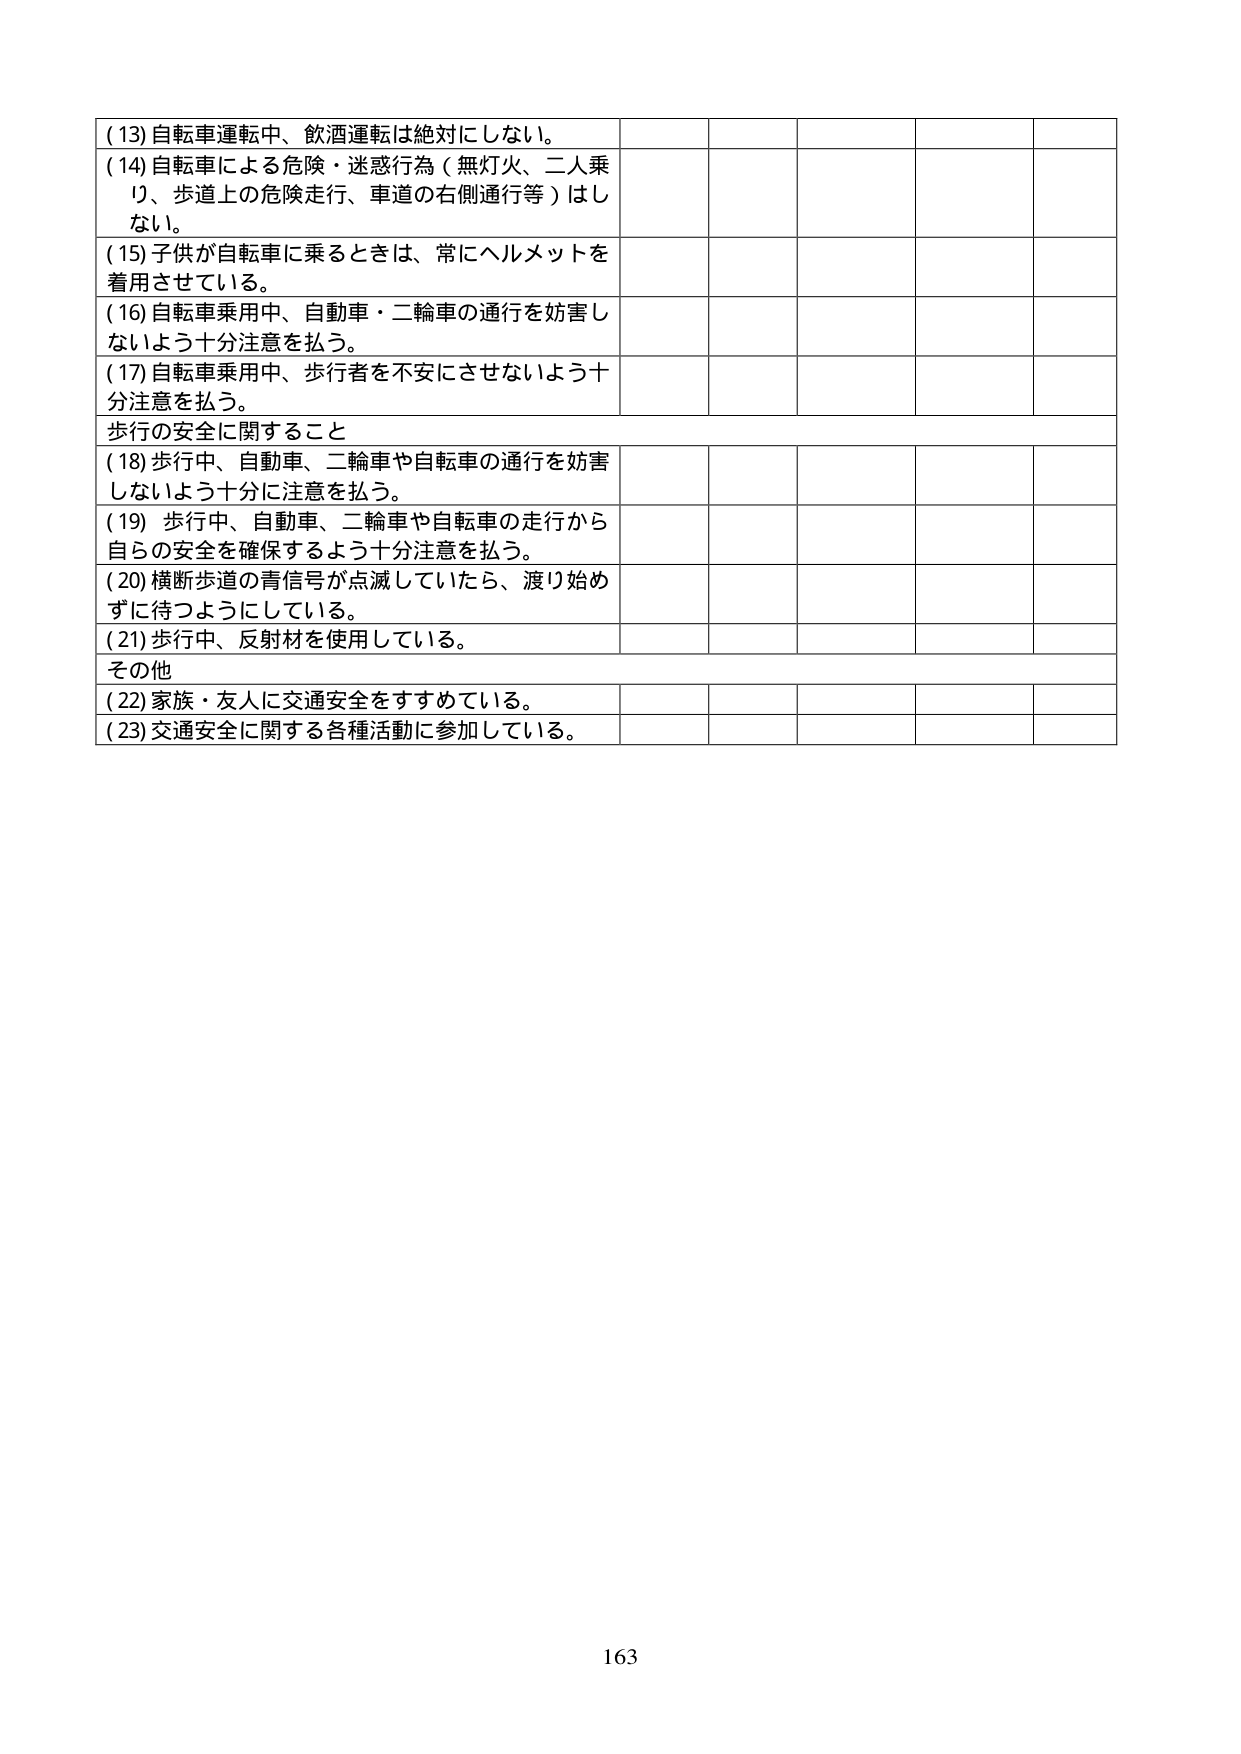
(13) 自転車運転中、飲酒運転は絶対にしない。
(14) 自転車による危険・迷惑行為（無灯火、二人乗り、歩道上の危険走行、車道の右側通行等）はしない。
(15) 子供が自転車に乗るときは、常にヘルメットを着用させている。
(16) 自転車乗用中、自動車・二輪車の通行を妨害しないよう十分注意を払う。
(17) 自転車乗用中、歩行者を不安にさせないよう十分注意を払う。
歩行の安全に関すること
(18) 歩行中、自動車、二輪車や自転車の通行を妨害しないよう十分に注意を払う。
(19) 歩行中、自動車、二輪車や自転車の走行から自らの安全を確保するよう十分注意を払う。
(20) 横断歩道の青信号が点滅していたら、渡り始めずに待つようにしている。
(21) 歩行中、反射材を使用している。
その他
(22) 家族・友人に交通安全をすすめている。
(23) 交通安全に関する各種活動に参加している。
163